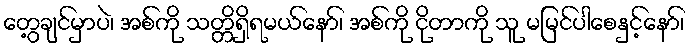
တွေ့ချင်မှာပဲ၊ အစ်ကို သတ္တိရှိရမယ်နော်၊ အစ်ကို ငိုတာကို သူ မမြင်ပါစေနှင့်နော်၊